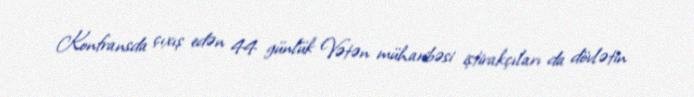
Konfransda çıxış edən 44 günlük Vətən müharibəsi iştirakçıları da dövlətin